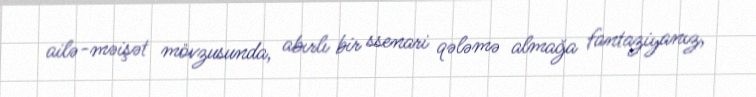
ailə-məişət mövzusunda, abırlı bir ssenari qələmə almağa fantaziyanız,